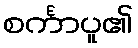
စင်္ကာပူ၏